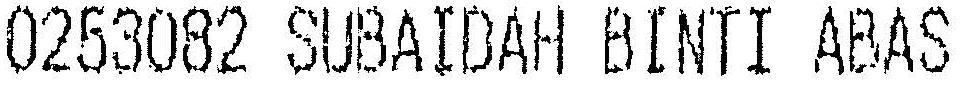
0253082 SUBAIDAH BINTI ABAS